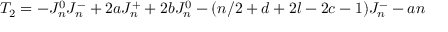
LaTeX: T _ { 2 } = - J _ { n } ^ { 0 } J _ { n } ^ { - } + 2 a J _ { n } ^ { + } + 2 b J _ { n } ^ { 0 } - ( n / 2 + d + 2 l - 2 c - 1 ) J _ { n } ^ { - } - a n